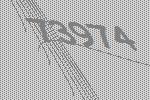
73974